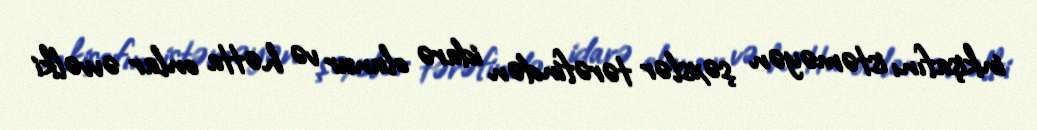
inkişafını istəməyən şəxslər tərəfindən idarə olunur və hətta onlar əvvəlki